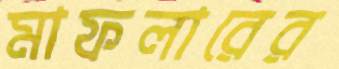
মাফলারের